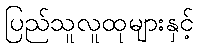
ပြည်သူလူထုများနှင့်